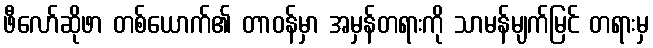
ဖီလော်ဆိုဖာ တစ်ယောက်၏ တာဝန်မှာ အမှန်တရားကို သာမန်မျက်မြင် တရားမှ